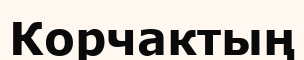
Корчактың